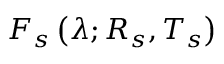
F _ { s } \left( \lambda ; R _ { s } , T _ { s } \right)